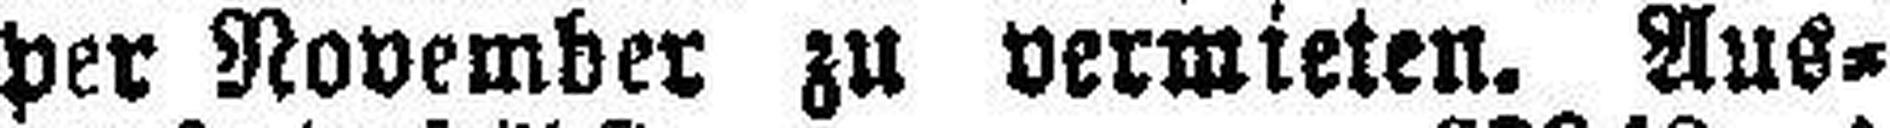
per November zu vermieten. Aus¬